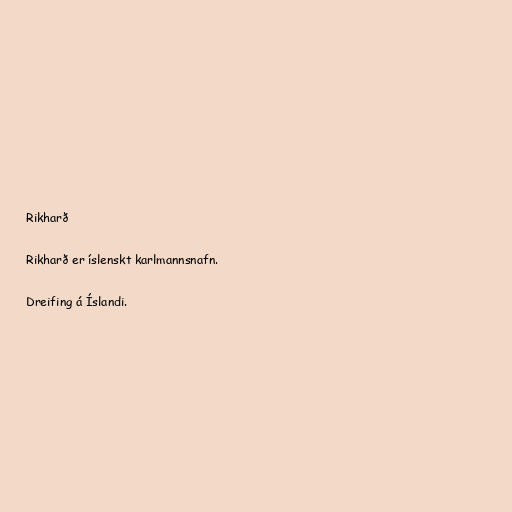
Rikharð

Rikharð er íslenskt karlmannsnafn.

Dreifing á Íslandi.